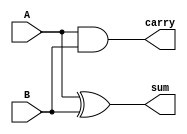
module half_adder (
    input A, 
    input B, 
    output sum, 
    output carry
);

assign sum = A ^ B; // XOR operation for sum output
assign carry = A & B; // AND operation for carry output

endmodule